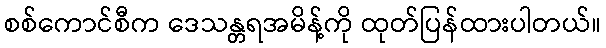
စစ်ကောင်စီက ဒေသန္တရအမိန့်ကို ထုတ်ပြန်ထားပါတယ်။